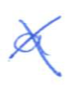
Text: a
Cross-out: cross
Writing tool: ballpoint